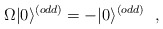
\begin{align*}\Omega|0\rangle^{(odd)} =-|0\rangle^{(odd)} ~~,\end{align*}